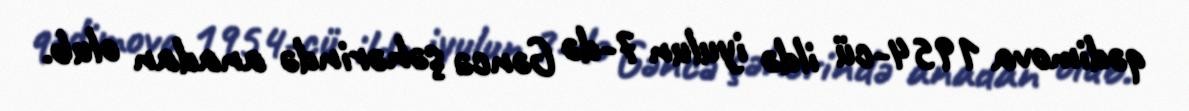
qədimova 1954-cü ildə iyulun 7-də Gəncə şəhərində anadan olub.